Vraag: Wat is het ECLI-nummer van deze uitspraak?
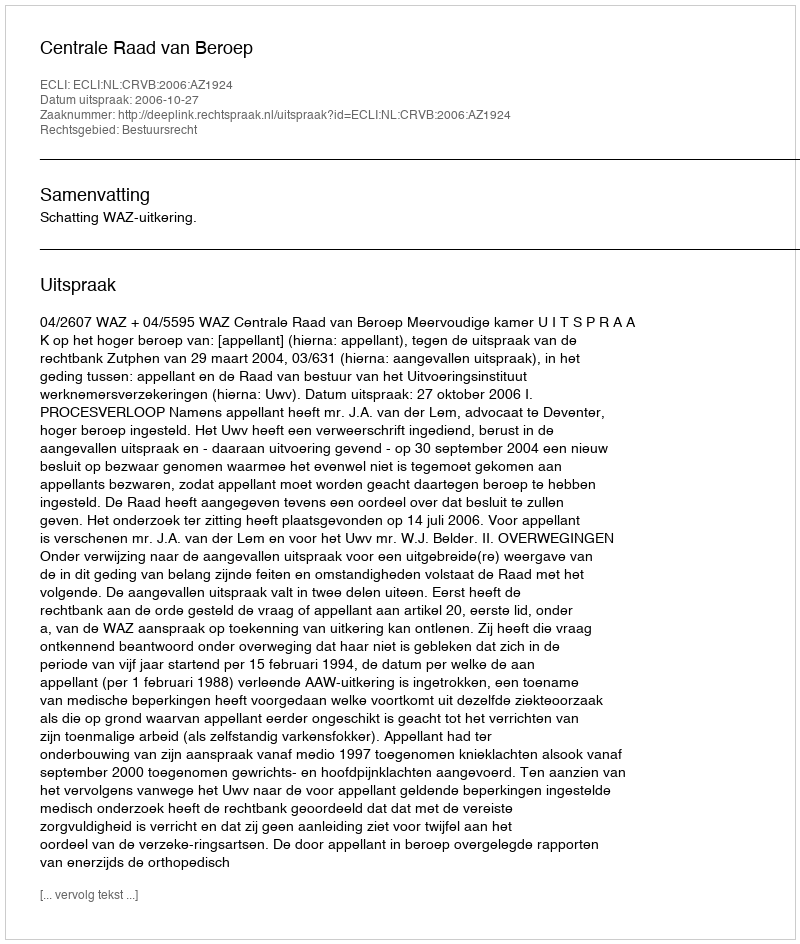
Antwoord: ECLI:NL:CRVB:2006:AZ1924